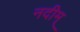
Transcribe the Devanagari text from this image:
नदीम्